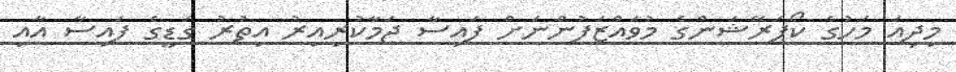
މިދިއަ މަހުގެ ކޯޕަރޭޝަންގެ މުވައްޒަފުންނަށް ފައިސާ ޖަމާކުރިއިރު އިތުރު ގަޑީގެ ފައިސާ އާއި